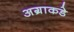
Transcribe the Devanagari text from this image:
अग्राकडे